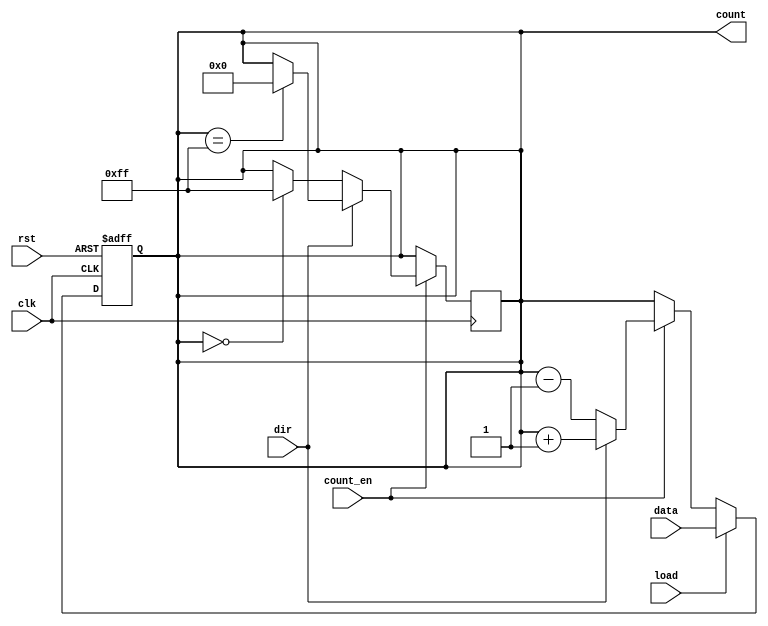
module loadable_counter (
    input wire clk,
    input wire rst,
    input wire load,
    input wire [7:0] data,         // Assuming an 8-bit counter
    input wire count_en,
    input wire dir,
    output reg [7:0] count         // 8-bit counter output
);

    // Asynchronous reset and synchronous operations
    always @(posedge clk or posedge rst) begin
        if (rst) begin
            count <= 8'b0;          // Reset counter to zero
        end else if (load) begin
            count <= data;          // Load new value into counter
        end else if (count_en) begin
            if (dir) begin
                count <= count + 1;  // Increment counter
            end else begin
                count <= count - 1;  // Decrement counter
            end
        end
    end

    // Handle wrap-around behavior
    always @(posedge clk) begin
        if (count_en) begin
            if (dir) begin
                if (count == 8'hFF) // Wrap around for max value
                    count <= 8'b0;
            end else begin
                if (count == 8'b0) // Wrap around for min value
                    count <= 8'hFF;
            end
        end
    end

endmodule